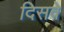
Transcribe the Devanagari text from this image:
दिसवे